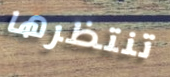
تنتظرها